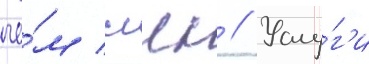
че́м ссдк // Услу́г'и